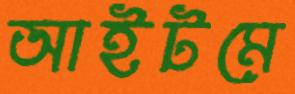
আইটমে